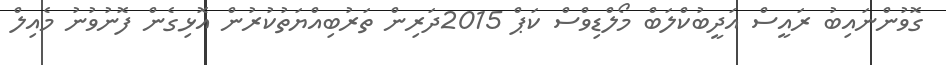
ގޮވުންނައިބު ރައީސް އަދީބުކްލަބް މޯލްޑިވްސް ކަޕް 2015ދަރިން ތަރުބިއްޔަތުކުރުން އޮޅިގެން ފޮނުވުނު މެއިލް